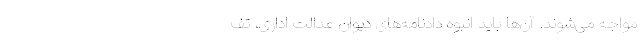
مواجه می‌شوند. آن‌ها باید انبوه دادنامه‌های دیوان عدالت اداری، تف